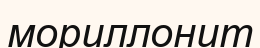
мориллонит